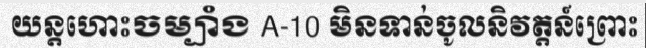
យន្តហោះចម្បាំង A-10 មិនទាន់ចូលនិវត្តន៍ព្រោះ